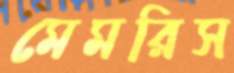
মেমরিস